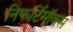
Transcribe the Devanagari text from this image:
निफर्टिमॉक्स